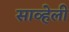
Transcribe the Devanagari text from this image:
साव्हेली